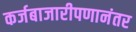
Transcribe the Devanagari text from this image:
कर्जबाजारीपणानंतर